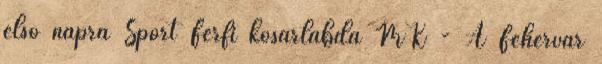
első napra Sport Férfi kosárlabda MK - A Fehérvár